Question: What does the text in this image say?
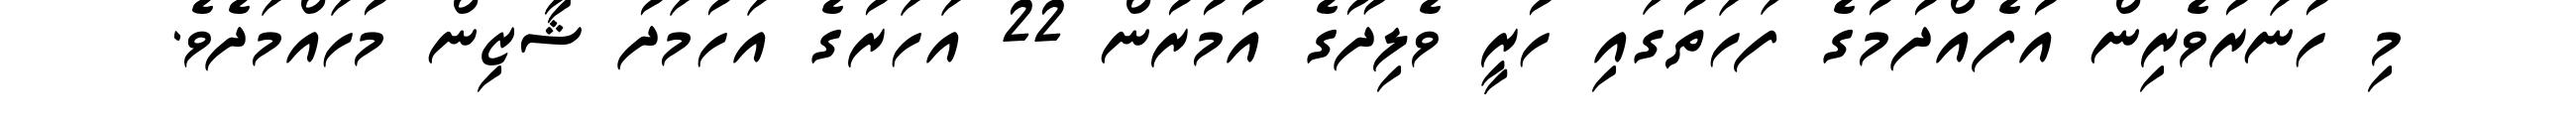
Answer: މި ހުނަރުވެރިން އުފެއްދުމުގެ ފަހަތުގައި ހުރީ ވެލިދޫގެ އުމުރުން 22 އަހަރުގެ އަހުމަދު ޝާޒިން މުހައްމަދެވެ.